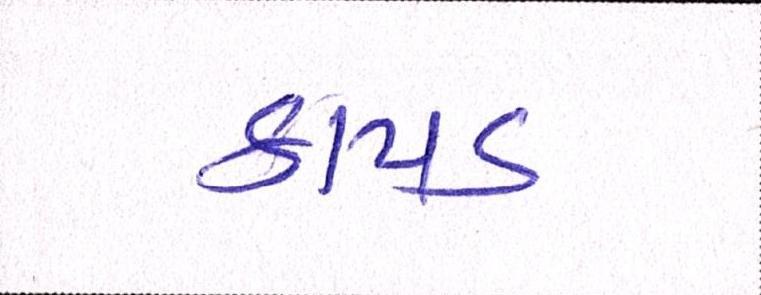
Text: કાપડ